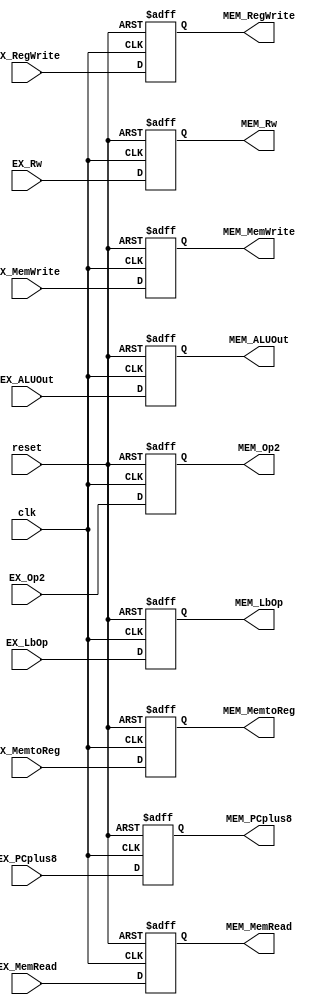
module EX_MEMreg(clk,reset,EX_MemRead,EX_RegWrite,EX_MemWrite,EX_MemtoReg,EX_Op2,EX_Rw,EX_ALUOut,EX_LbOp,EX_PCplus8,
              MEM_MemRead,MEM_RegWrite,MEM_MemWrite,MEM_MemtoReg,MEM_Op2,MEM_Rw,MEM_ALUOut,MEM_LbOp,MEM_PCplus8
              );
input clk,reset,EX_MemRead,EX_RegWrite,EX_MemWrite,EX_LbOp;
input [1:0] EX_MemtoReg;
input [31:0] EX_Op2;
input [4:0] EX_Rw;
input [31:0] EX_ALUOut;
input [31:0] EX_PCplus8;
output reg MEM_MemRead,MEM_RegWrite,MEM_MemWrite,MEM_LbOp;
output reg [1:0] MEM_MemtoReg;
output reg [31:0] MEM_Op2;
output reg [4:0] MEM_Rw;
output reg [31:0] MEM_ALUOut;
output reg [31:0] MEM_PCplus8;


always@(posedge clk or posedge reset)
  if(reset)
    begin
      MEM_MemWrite<=1'b0;
      MEM_RegWrite<=1'b0;
      MEM_MemRead<=1'b0;
      MEM_LbOp<=1'b0;
      MEM_MemtoReg<=2'b00;
      MEM_Op2<=32'b0;
      MEM_ALUOut<=32'b0;
      MEM_Rw<=5'b0;
      MEM_PCplus8<=32'b0;
    end
  else
    begin
      MEM_MemRead<=EX_MemRead;
      MEM_RegWrite<=EX_RegWrite;
      MEM_MemWrite<=EX_MemWrite;
      MEM_MemtoReg<=EX_MemtoReg;
      MEM_LbOp<=EX_LbOp;
      MEM_Op2<=EX_Op2;
      MEM_ALUOut<=EX_ALUOut;
      MEM_Rw<=EX_Rw;
      MEM_PCplus8<=EX_PCplus8;
    end
    
endmodule